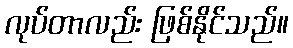
လုပ်တာလည်း ဖြစ်နိုင်သည်။